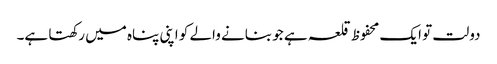
دولت تو ایک محفوظ قلعہ ہے جو بنانے والے کو اپنی پناہ میں رکھتا ہے۔